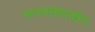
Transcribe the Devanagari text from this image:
मानवशंशास्त्रीय